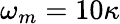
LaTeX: \omega_{m}=10\kappa